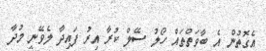
އެގޮތުން އެ ބާވަތްތައް ހޯލު ސޭލް ކުރާ އިރު ފައިދާ ލެވޭނީ މުދާ